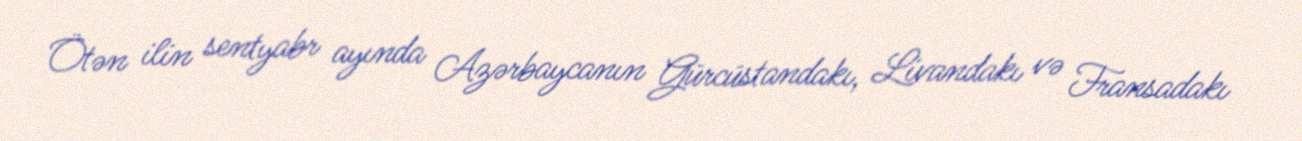
Ötən ilin sentyabr ayında Azərbaycanın Gürcüstandakı, Livandakı və Fransadakı